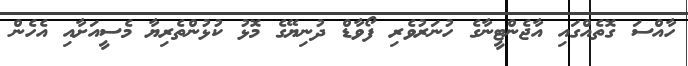
ހާއްސަ ގޮތެއްގައި އާޖެންޓީނާގެ ހުނަރުވެރި ފޯވާޑް ދުނިޔޭގެ މޮޅު ކުޅުންތެރިޔާ މެސީއަށާއި އެހެން